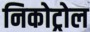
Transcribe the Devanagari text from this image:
निकोट्रोल